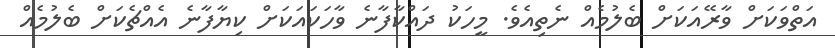
އަތްވަކަށް ވާރޭއަކަށް ބެލުމެއް ނެތިއެވެ. މީހަކު ދައްކާފާނެ ވާހަކައަކަށް ކިޔާފާނެ އެއްޗެކަށް ބެލުމެއް